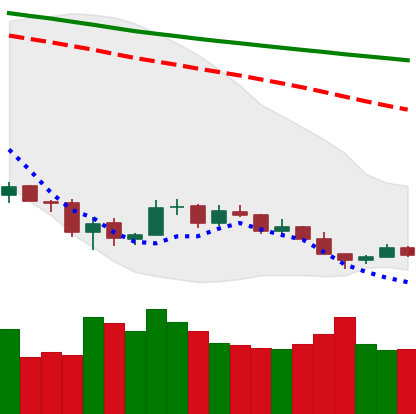
Ticker: BTC-USD
Chart end date: 2018-12-10
Forward return: -7.591%
Label: down_7plus